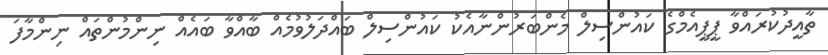
ތާއީދުކުރައްވާ ޕީޕީއެމްގެ ކައުންސިލް މެންބަރުންނާއެކު ކައުންސިލް ބައްދަލުވުމެއް ބާއްވާ ބައެއް ނިންމުންތައް ނިންމާފަ